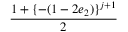
\displaystyle \frac { 1 + \{ - ( 1 - 2 e _ { 2 } ) \} ^ { j + 1 } } { 2 }